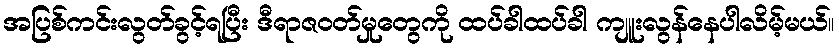
အပြစ်ကင်းလွတ်ခွင့်ရပြီး ဒီရာဇဝတ်မှုတွေကို ထပ်ခါထပ်ခါ ကျူးလွန်နေပါလိမ့်မယ်။